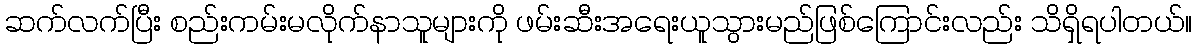
ဆက်လက်ပြီး စည်းကမ်းမလိုက်နာသူများကို ဖမ်းဆီးအရေးယူသွားမည်ဖြစ်ကြောင်းလည်း သိရှိရပါတယ်။